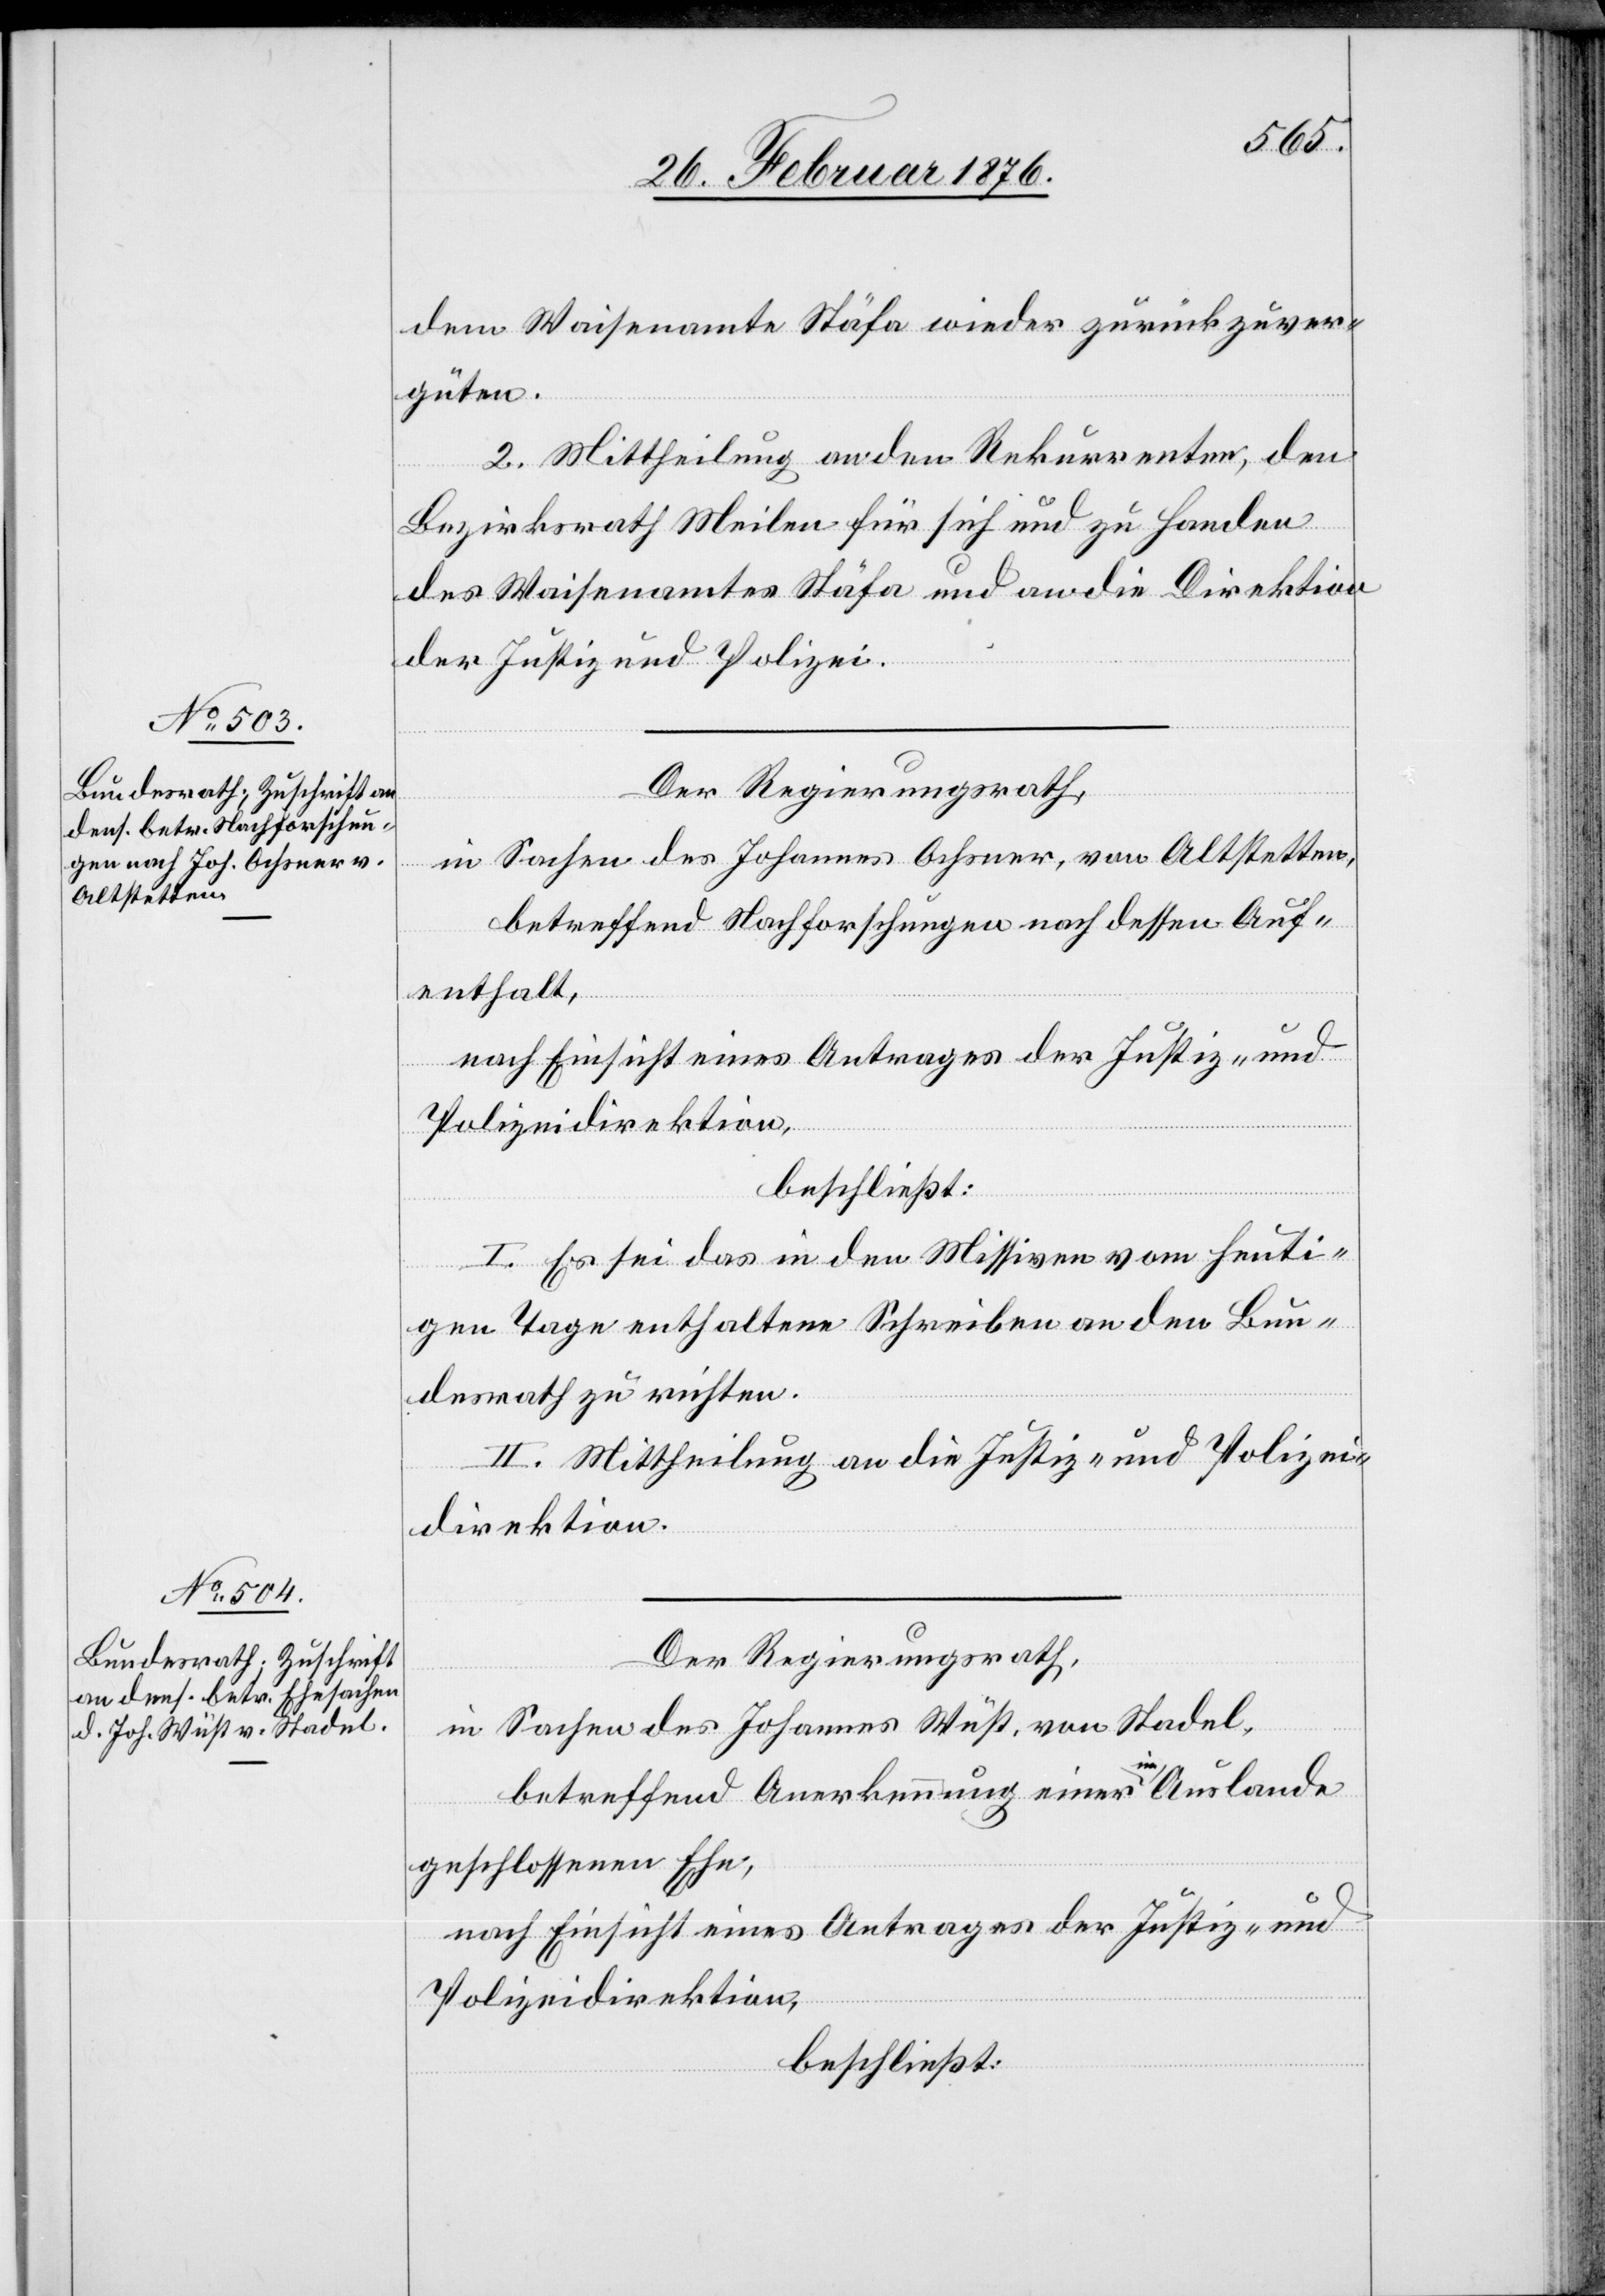
dem Waisenamte Stäfa wieder zurückzuver¬
güten.
2. Mittheilung an den Rekurrenten, den
Bezirksrath Meilen für sich und zu Handen
des Waisenamtes Stäfa und an die Direktion
der Justiz und Polizei.
Der Regierungsrath,
in Sachen des Johannes Ochsner, von Altstetten,
betreffend Nachforschungen nach dessen Auf¬
enthalt,
nach Einsicht eines Antrages der Justiz- und
Polizeidirektion,
beschließt:
I. Es sei das in den Missiven von heuti¬
gen Tage enthaltene Schreiben an den Bun¬
desrath zu richten.
II. Mittheilung an die Justiz- und Polizei¬
direktion.
Der Regierungsrath,
in Sachen des Johannes Wüst, von Stadel,
betreffend Anerkennung einer im Auslande
geschlossenen Ehe,
nach Einsicht eines Antrages der Justiz- und
Polizeidirektion,
beschließt: